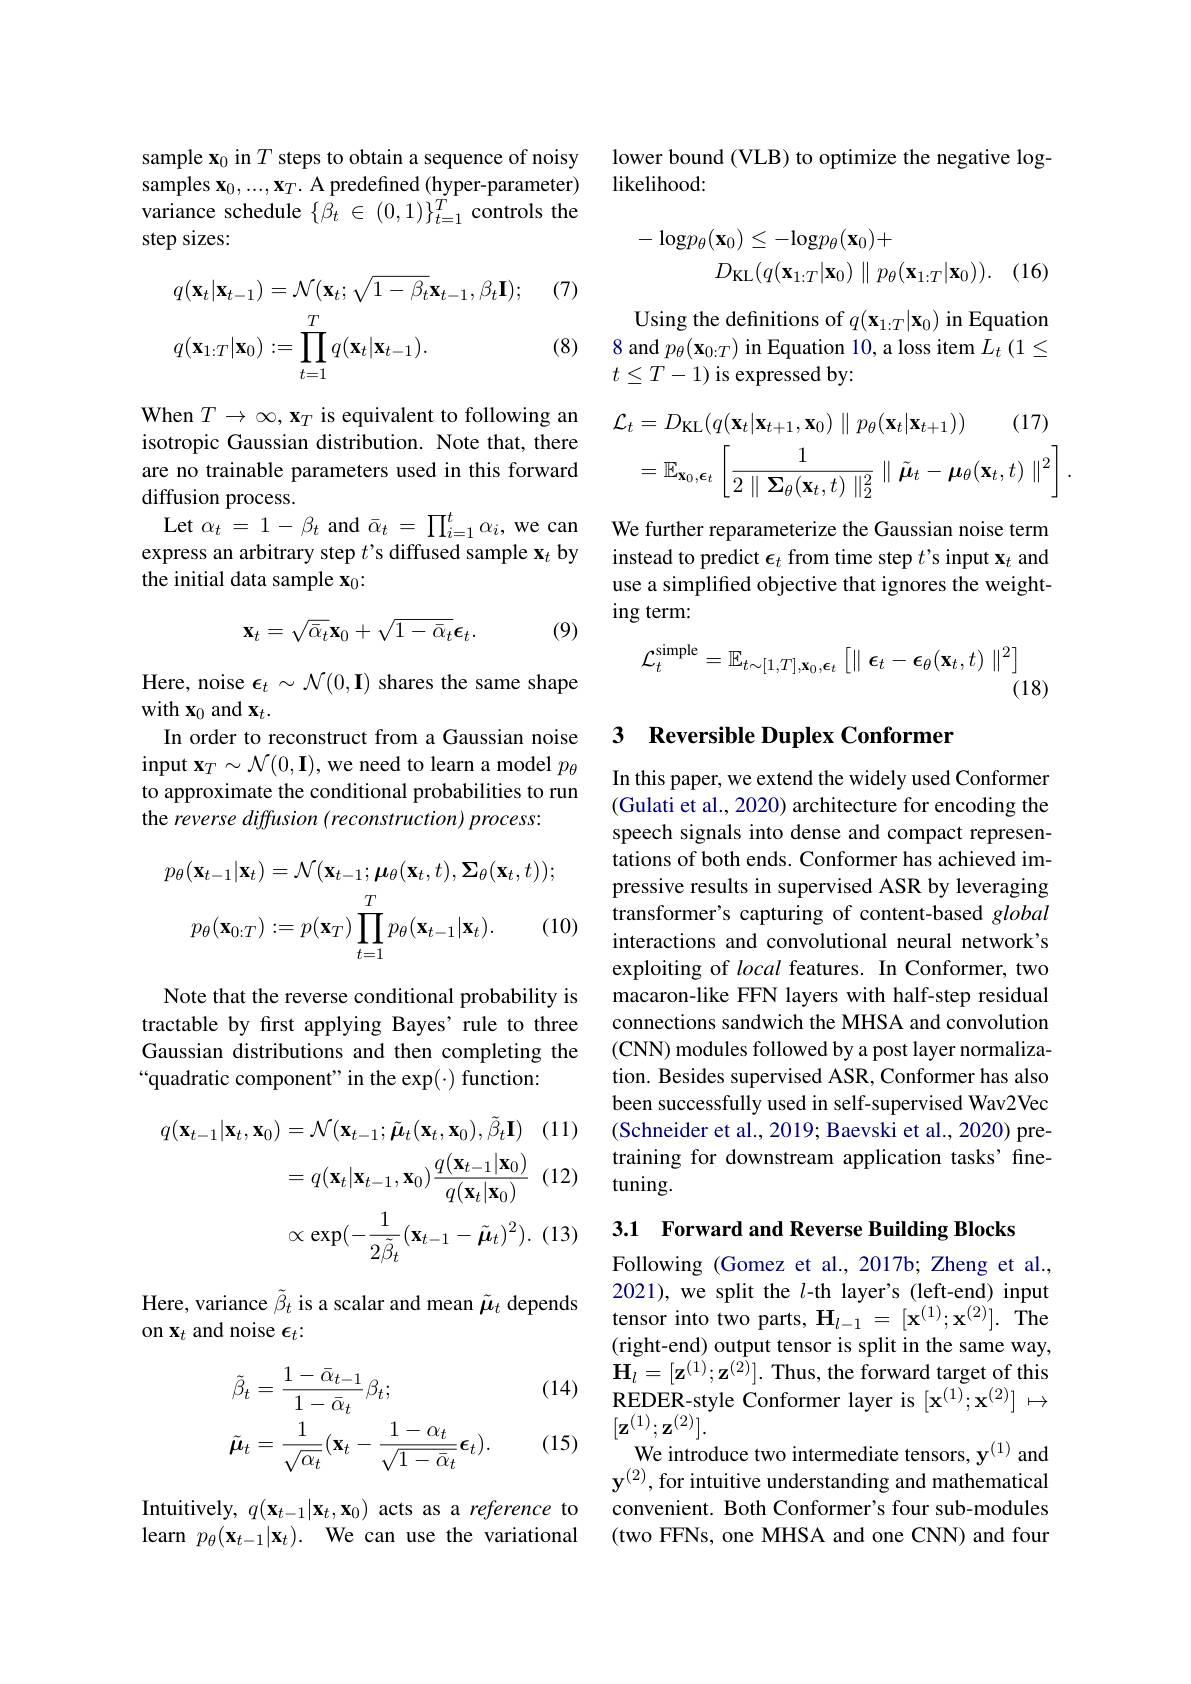
sample $\mathbf{x}_0$ in $T$ steps to obtain a sequence of noisy samples $\mathbf{x}_0,...,\mathbf{x}_T.$ A predefined (hyper-parameter) variance schedule $\{ \dot{\beta _t}$ $\in$ $( 0, 1) \} _{t= 1}^{T}$ controls the step sizes:

(7)
$$\begin{aligned}&q(\mathbf{x}_{t}|\mathbf{x}_{t-1})=\mathcal{N}(\mathbf{x}_{t};\sqrt{1-\beta_{t}}\mathbf{x}_{t-1},\beta_{t}\mathbf{I});\\&q(\mathbf{x}_{1:T}|\mathbf{x}_{0}):=\prod_{t=1}^{T}q(\mathbf{x}_{t}|\mathbf{x}_{t-1}).\end{aligned}$$
(8)

When $T\to\infty,\mathbf{x}_T$ is equivalent to following an isotropic Gaussian distribution. Note that, there are no trainable parameters used in this forward diffusion process.
Let $\alpha_t=1-\beta_t$ and $\bar{\alpha}_t=\prod_i=1^t\alpha_i$, we can express an arbitrary step $t$ s diffused sample $\mathbf{x}_t$ by the initial data sample $\mathbf{x}_0{:}$
$$\mathbf{x}_t=\sqrt{\bar{\alpha}_t}\mathbf{x}_0+\sqrt{1-\bar{\alpha}_t}\boldsymbol{\epsilon}_t.$$
(9)

Here, noise $\epsilon_t\sim\mathcal{N}(0,\mathbf{I})$ shares the same shape
with $\mathbf{x}_0$ and $\mathbf{x}_t.$
In order to reconstruct from a Gaussian noise input $\mathbf{x}_T\sim\mathcal{N}(0,\mathbf{I})$,we need to learn a model $p_\theta$ to approximate the conditional probabilities to run the reverse diffusion (reconstruction) process:
$$\begin{aligned}p_{\theta}(\mathbf{x}_{t-1}|\mathbf{x}_{t})&=\mathcal{N}(\mathbf{x}_{t-1};\boldsymbol{\mu}_{\theta}(\mathbf{x}_{t},t),\boldsymbol{\Sigma}_{\theta}(\mathbf{x}_{t},t));\\p_{\theta}(\mathbf{x}_{0:T})&:=p(\mathbf{x}_{T})\prod_{t=1}^{T}p_{\theta}(\mathbf{x}_{t-1}|\mathbf{x}_{t}).\quad(1\end{aligned}$$
Note that the reverse conditional probability is tractable by first applying Bayes' rule to three Gaussian distributions and then completing the “quadratic component" in the exp(·) function:
$$\begin{aligned}q(\mathbf{x}_{t-1}|\mathbf{x}_{t},\mathbf{x}_{0})&=\mathcal{N}(\mathbf{x}_{t-1};\tilde{\boldsymbol{\mu}}_{t}(\mathbf{x}_{t},\mathbf{x}_{0}),\tilde{\beta}_{t}\mathbf{I})\\&=q(\mathbf{x}_{t}|\mathbf{x}_{t-1},\mathbf{x}_{0})\frac{q(\mathbf{x}_{t-1}|\mathbf{x}_{0})}{q(\mathbf{x}_{t}|\mathbf{x}_{0})}\\&\propto\exp(-\frac{1}{2\tilde{\beta}_{t}}(\mathbf{x}_{t-1}-\tilde{\boldsymbol{\mu}}_{t})^{2}).\end{aligned}$$
Here, variance $\tilde{\beta}_t$ is a scalar and mean $\tilde{\mu}_t$ depends
on $\mathbf{x}_t$ and noise $\epsilon_t:$

(14)
$$\begin{aligned}&\tilde{\beta}_{t}=\frac{1-\bar{\alpha}_{t-1}}{1-\bar{\alpha}_{t}}\beta_{t};\\&\tilde{\boldsymbol{\mu}}_{t}=\frac{1}{\sqrt{\alpha_{t}}}(\mathbf{x}_{t}-\frac{1-\alpha_{t}}{\sqrt{1-\bar{\alpha}_{t}}}\boldsymbol{\epsilon}_{t}).\end{aligned}$$
(15)

Intuitively, $q(\mathbf{x}_{t-1}|\mathbf{x}_{t},\mathbf{x}_{0})$ acts as a reference to learn $p_\theta ( \mathbf{x} _{t- 1}| \mathbf{x} _t) .$ We can use the variational

lower bound (VLB) to optimize the negative log-
likelihood:
$$\begin{array}{c}-\log p_\theta(\mathbf{x}_0)\leq-\log p_\theta(\mathbf{x}_0)+\\D_{\mathrm{KL}}(q(\mathbf{x}_{1:T}|\mathbf{x}_0)\parallel p_\theta(\mathbf{x}_{1:T}|\mathbf{x}_0)).\end{array}$$
(16.

Using the definitions of $q(\mathbf{x}_{1:T}|\mathbf{x}_0)$ in Equation 8 and $p_\theta(\mathbf{x}_{0:T})$ in Equation 10, a loss item $L_t\left(1\leq\right.$ $t\leq T-1)$ is expressed by:
$$\begin{aligned}\mathcal{L}_{t}&=D_{\mathrm{KL}}(q(\mathbf{x}_{t}|\mathbf{x}_{t+1},\mathbf{x}_{0})\parallel p_{\theta}(\mathbf{x}_{t}|\mathbf{x}_{t+1}))\quad(17)\\&=\mathbb{E}_{\mathbf{x}_{0},\boldsymbol{\epsilon}_{t}}\:\left[\frac{1}{2\parallel\boldsymbol{\Sigma}_{\theta}(\mathbf{x}_{t},t)\parallel_{2}^{2}}\parallel\tilde{\boldsymbol{\mu}}_{t}-\boldsymbol{\mu}_{\theta}(\mathbf{x}_{t},t)\parallel^{2}\right].\end{aligned}$$
We further reparameterize the Gaussian noise term instead to predict $\epsilon_t$ from time step $t^{\prime}$s input $\mathbf{x}_t$ and use a simplified objective that ignores the weight- $\operatorname{ing}$term:
$$\mathcal{L}_t^{\mathrm{simple}}=\mathbb{E}_{t\sim[1,T],\mathbf{x}_0,\boldsymbol{\epsilon}_t}\left[\parallel\boldsymbol{\epsilon}_t-\boldsymbol{\epsilon}_\theta(\mathbf{x}_t,t)\parallel^2\right]$$
(18)

## 3 Reversible Duplex Conformer

In this paper, we extend the widely used Conformer (Gulati et al., 2020) architecture for encoding the speech signals into dense and compact representations of both ends. Conformer has achieved impressive results in supervised ASR by leveraging transformer's capturing of content-based global interactions and convolutional neural network's exploiting of local features. In Conformer, two macaron-like FFN layers with half-step residual connections sandwich the MHSA and convolution (CNN) modules followed by a post layer normalization. Besides supervised ASR, Conformer has also been successfully used in self-supervised Wav2Vec (Schneider et al., 2019; Baevski et al., 2020) pretraining for downstream application tasks' finetuning.

3.1 Forward and Reverse Building Blocks

Following (Gomez et al., 2017b; Zheng et al., 2021), we split the $l$-th layer's (left-end) input tensor into two parts, $\mathbf{H}_{l-1}=[\mathbf{x}^{(1)};\mathbf{x}^{(2)}].$ The (right-end) output tensor is split in the same way, $\mathbf{H}_{l}=[\mathbf{z}^{(1)};\mathbf{z}^{(2)}].$ Thus, the forward target of this REDER-style Conformer layer is $[\mathbf{x}^{(1)};\mathbf{x}^{(2)}]\mapsto$ $[\mathbf{z}^{(1)};\mathbf{z}^{(2)}].$
We introduce two intermediate tensors, y$^{(1)}$ and $\mathbf{y}^{(2)}$, for intuitive understanding and mathematical convenient. Both Conformer's four sub-modules (two FFNs, one MHSA and one CNN) and four